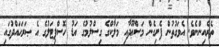
ތެރެއިންނެވެ. އެވަގުތުން ފެށިގެން މަސްޢޫދާއި މަލާކްގެ ގިސްލުމުގެ އަޑު ހޮސްޕިޓަލުގެ އެ ޞަރަޙައްދުގައި